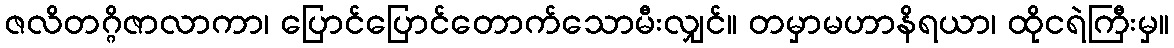
ဇလိတဂ္ဂိဇာလာကာ၊ ပြောင်ပြောင်တောက်သောမီးလျှင်။ တမှာမဟာနိရယာ၊ ထိုငရဲကြီးမှ။